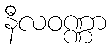
နီလဝဏ္ဏာ